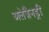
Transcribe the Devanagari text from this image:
अलेज़ैनड्रीं